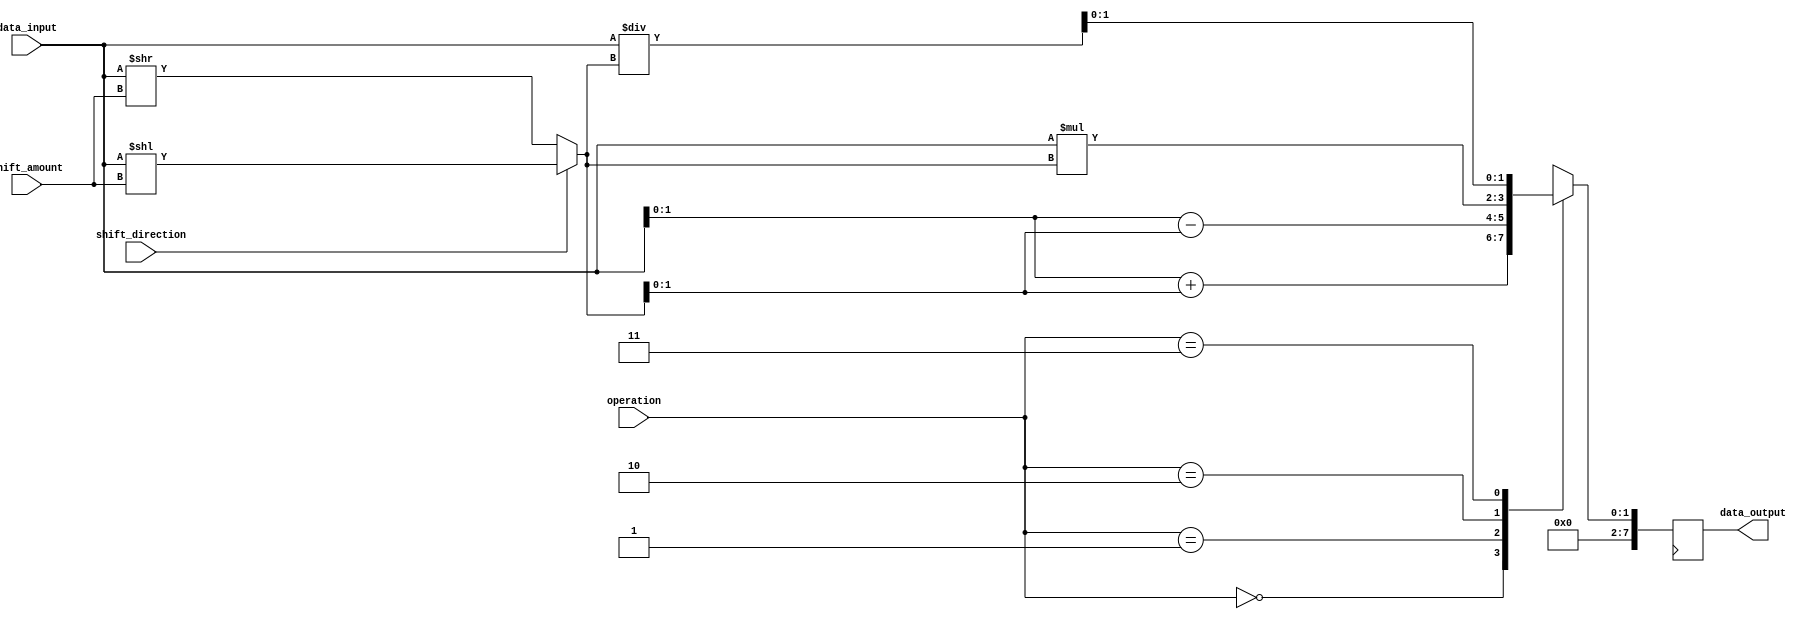
module Circular_Barrel_Shifter (
    input wire [7:0] data_input,
    input wire [2:0] shift_amount,
    input wire [1:0] operation, // 00: addition, 01: subtraction, 10: multiplication, 11: division
    input wire shift_direction, // 0: right shift, 1: left shift
    output reg [7:0] data_output
);

reg [7:0] shifted_data;
reg [1:0] result;

always @* begin
    case(operation)
        2'b00: result = data_input + shifted_data; // addition
        2'b01: result = data_input - shifted_data; // subtraction
        2'b10: result = data_input * shifted_data; // multiplication
        2'b11: result = data_input / shifted_data; // division
    endcase
end

always @* begin
    if(shift_direction == 1) begin // left shift
        shifted_data = data_input << shift_amount;
    end else begin // right shift
        shifted_data = data_input >> shift_amount;
    end
end

always @(posedge clk) begin
    data_output <= result;
end

endmodule